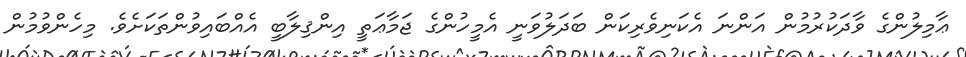
ޢާމިލުންގެ ވާދަކުރުމުން އަންނަ އެކަނިވެރިކަން ބަދަލުވަނީ އެމީހުންގެ ޖަމާޢަތީ އިންޤިލާބީ އެއްބައިވުންތަކަށެވެ. މިހެންވުމުން